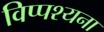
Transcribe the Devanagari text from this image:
विप्पश्यना